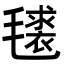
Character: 𭯧